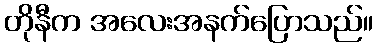
တိုနီက အလေးအနက်ပြောသည်။